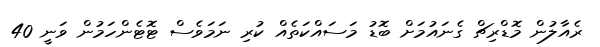
ރެއާލުން މޮޑްރިޗް ގެނައުމަށް ބޮޑު މަސައްކަތެއް ކުރި ނަމަވެސް ޓޮޓެންހަމުން ވަނީ 40